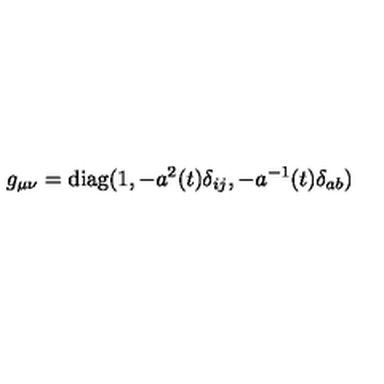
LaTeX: g _ { \mu \nu } = \mathrm { d i a g } ( 1 , - a ^ { 2 } ( t ) \delta _ { i j } , - a ^ { - 1 } ( t ) \delta _ { a b } )